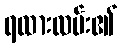
ရထားလမ်း၏